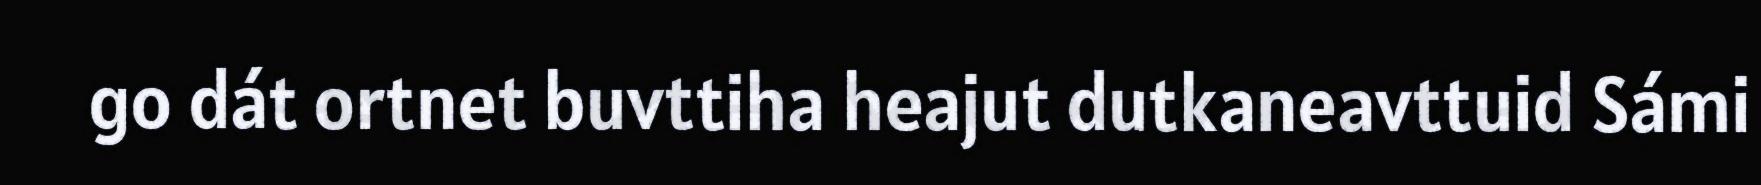
go dát ortnet buvttiha heajut dutkaneavttuid Sámi